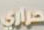
حراري